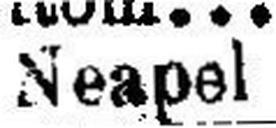
Neapel